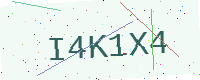
Text: I4K1X4